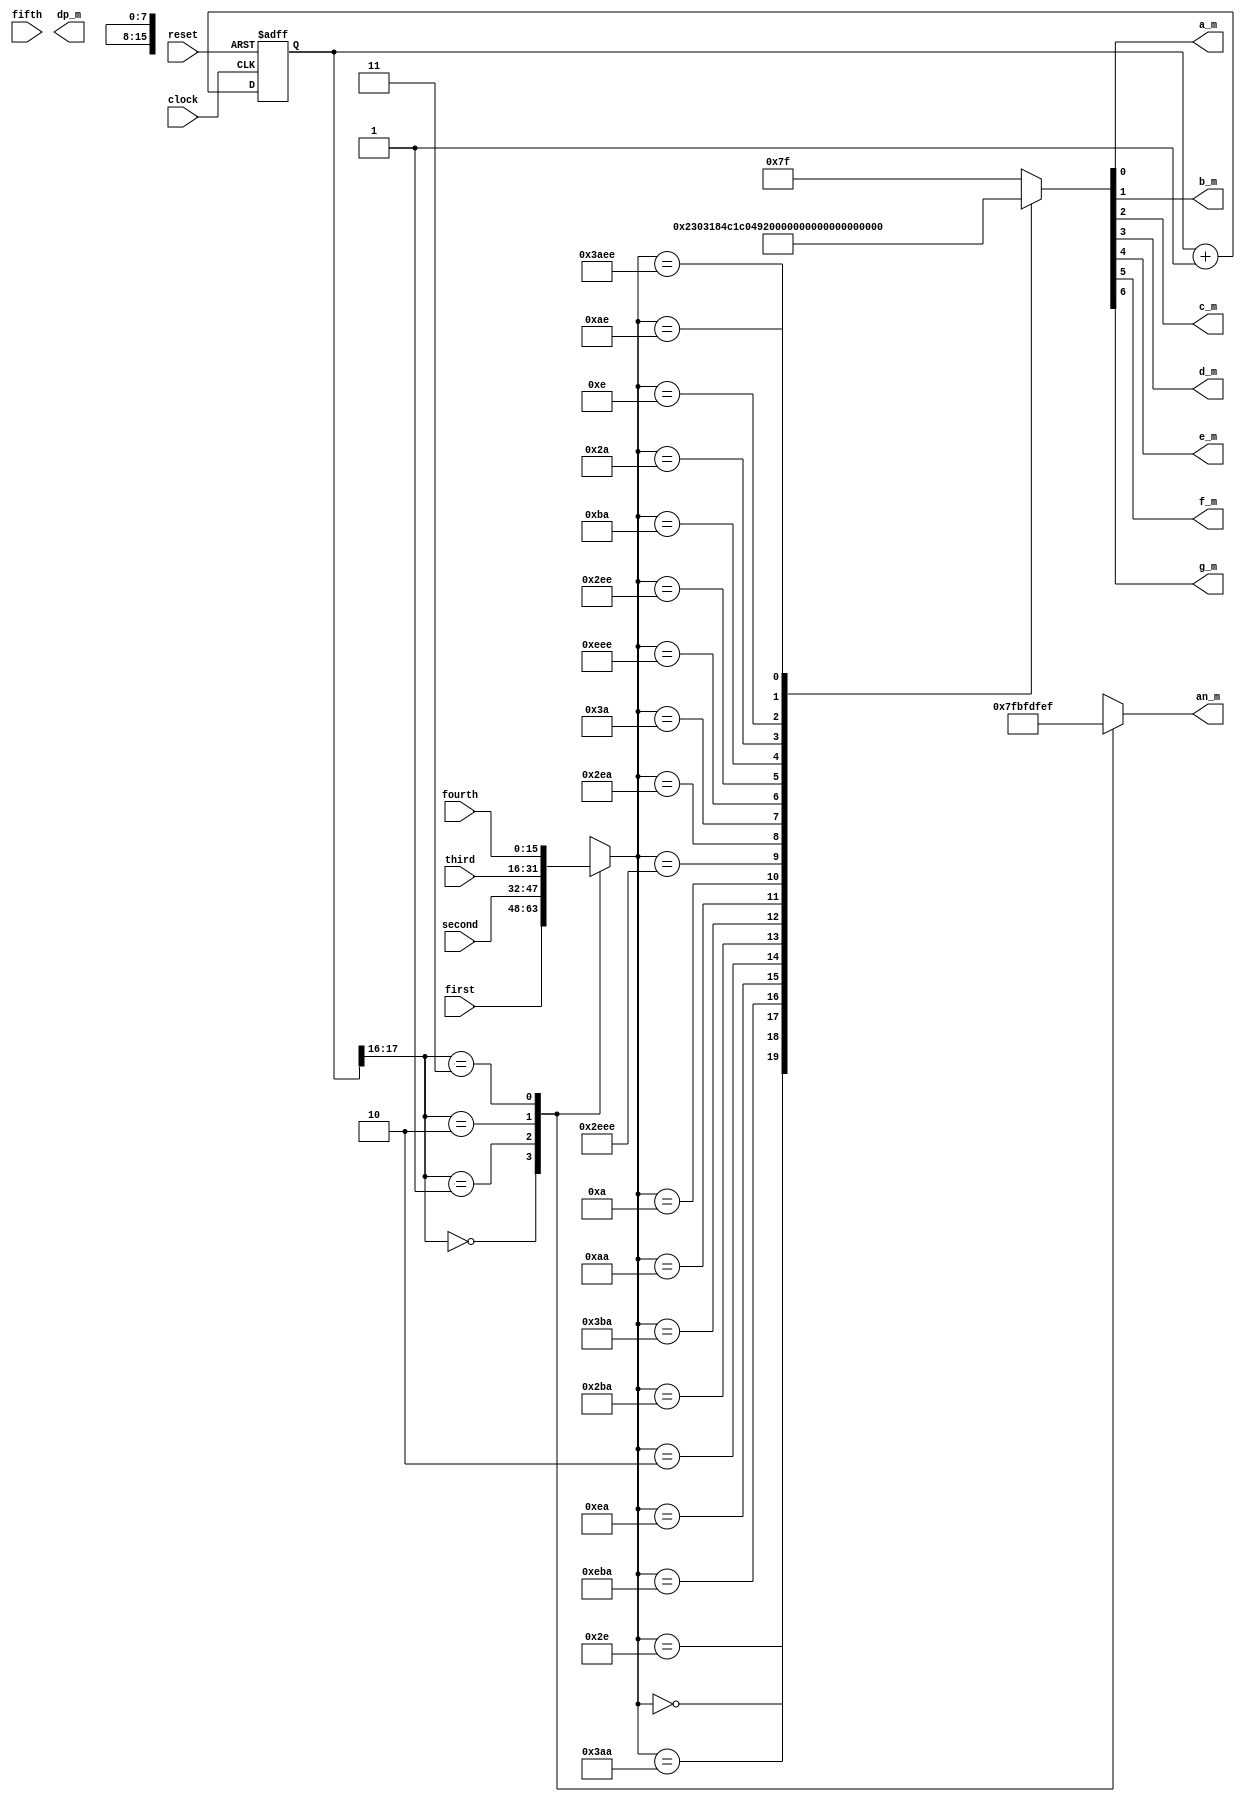
`timescale 1ns / 1ps

module muxer(
    input clock,
    input reset,
    input [15:0] fifth,
    input [15:0] fourth,
    input [15:0] third,
    input [15:0] second,
    input [15:0] first,
    output a_m,
    output b_m,
    output c_m,
    output d_m,
    output e_m,
    output f_m,
    output g_m,
    output dp_m,
    output [7:0] an_m
    );
 
//The Circuit for 7 Segment Multiplexing - 
 
localparam N = 18; 
 
reg [N-1:0]count; //the 18 bit counter which allows us to multiplex at 1000Hz
 
always @ (posedge clock or posedge reset)
 begin
  if (reset)
   count <= 0;
  else
   count <= count + 1;
 end
 
reg [15:0]sseg; //the 4 bit register to hold the data that is to be output
reg [7:0]an_temp; //register for the 4 bit enable
reg reg_dp;
always @ (*)
 begin
  case(count[N-1:N-2]) //MSB and MSB-1 for multiplexing
    
  3'b000 :
  begin
  sseg = first; //this outputs 1st letter
  an_temp = 8'b01111111;
  end
  3'b001 :
  begin
  sseg = second; //this outputs 2nd letter
  an_temp = 8'b10111111;
  end
  3'b010 :
  begin
  sseg = third; //this outputs 3rd letter
  an_temp = 8'b11011111;
  end
  3'b011 :
  begin
  sseg = fourth; //this outputs 4th letter
  an_temp = 8'b11101111;
  end
  3'b100 :
  begin
  sseg = fifth; //this outputs 5th letter
  an_temp = 8'b11110111;
  end
  3'b101 :
  begin
  sseg = fifth; //this outputs no value
  an_temp = 8'b11111111;
  end
  3'b110 :
  begin
  sseg = fifth; //this outputs no value
  an_temp = 8'b11111111;
  end
  3'b111 :
  begin
  sseg = fifth; //this outputs no value
  an_temp = 8'b11111111;
  end
    
  
  
     
  endcase
 end
 
 
 
assign an_m = an_temp;
 
reg [6:0] sseg_temp; 
always @ (*)
 begin
  case(sseg)
            16'b0000000000000000 : sseg_temp = 7'h00; //clear
            16'b0000000000101110 : sseg_temp = 7'h08; //a
            16'b0000001110101010 : sseg_temp = 7'h60; //b
            16'b0000111010111010 : sseg_temp = 7'h31; //c
            16'b0000000011101010 : sseg_temp = 7'h42; //d
            16'b0000000000000010 : sseg_temp = 7'h30; //e
            16'b0000001010111010 : sseg_temp = 7'h38; //f
            16'b0000001110111010 : sseg_temp = 7'h04; //g
            16'b0000000010101010 : sseg_temp = 7'h48; //h
            16'b0000000000001010 : sseg_temp = 7'h79; //i
            16'b0010111011101110 : sseg_temp = 7'h47; //j
            //16'b0000001110101110 : sseg_temp; = 7'h1C; //k
            16'b0000001011101010 : sseg_temp = 7'h71; //l
            //16'b0000000011101110 : sseg_temp; = 7'h01; //m
            16'b0000000000111010 : sseg_temp = 7'h6A; //n
            16'b0000111011101110 : sseg_temp = 7'h62; //o
            16'b0000001011101110 : sseg_temp = 7'h18; //p
            //16'b0011101110101110 : sseg_temp; = 7'h0C; //q
            16'b0000000010111010 : sseg_temp = 7'h7A; //r
            16'b0000000000101010 : sseg_temp = 7'h24; //s
            16'b0000000000001110 : sseg_temp = 7'h70; //t
            16'b0000000010101110 : sseg_temp = 7'h41; //u
            //16'b0000001010101110 : sseg_temp; = 7'h01; //v
            //16'b0000001011101110 : sseg_temp; = 7'h01; //w
            //16'b0000111010101110 : sseg_temp; = 7'h01; //x
            16'b0011101011101110 : sseg_temp = 7'h44; //y
            //16'b0000111011101010 : sseg_temp; = 7'h01; //z
   default : sseg_temp = 7'b1111111; //nothing
  endcase
 end
assign {g_m, f_m, e_m, d_m, c_m, b_m, a_m} = sseg_temp; 
assign dp_m = reg_dp;
 
endmodule